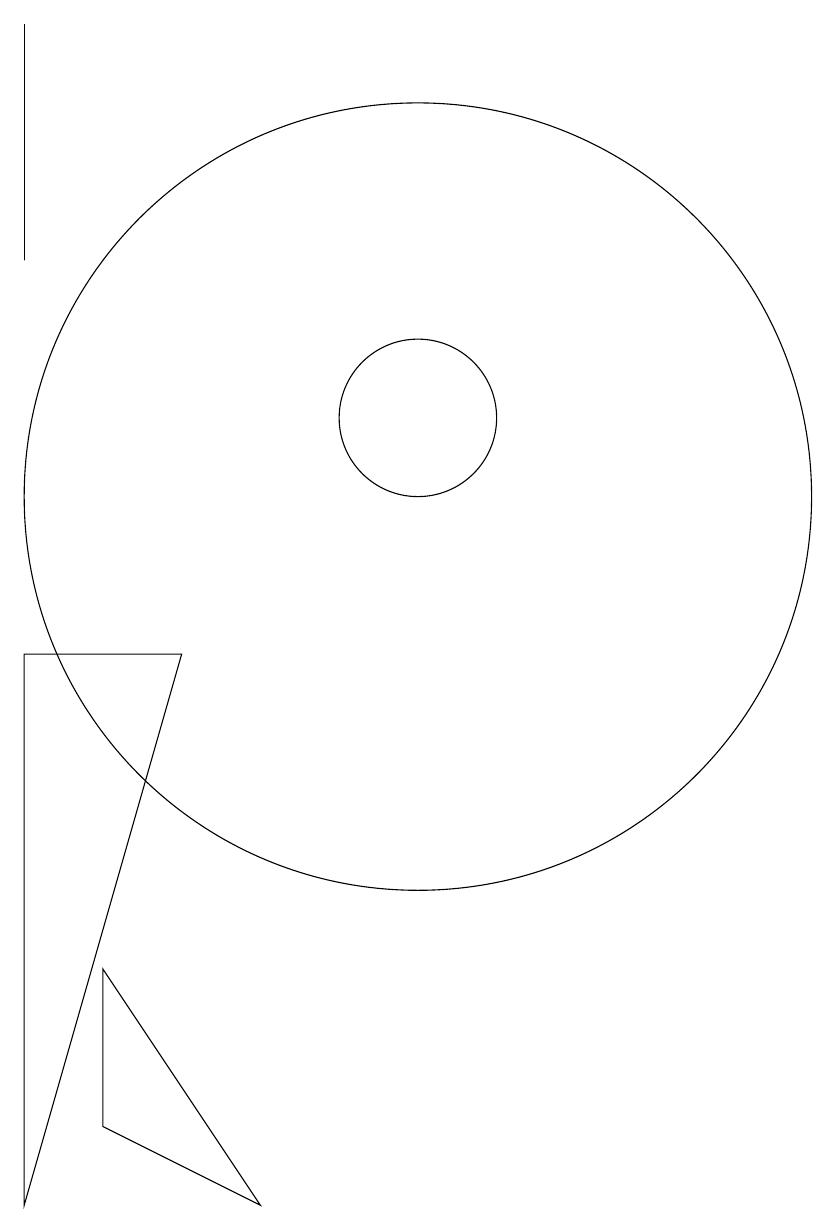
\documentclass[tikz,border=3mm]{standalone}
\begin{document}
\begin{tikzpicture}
\draw (11,10) circle (5);
\draw (9,1) -- (7,2) -- (7,4) -- cycle;
\draw (11,11) circle (1);
\draw (6,16) rectangle (6,13);
\draw (6,8) -- (6,1) -- (8,8) -- cycle;
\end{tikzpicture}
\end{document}